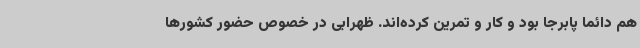
هم دائما پابرجا بود و کار و تمرین کرده‌اند. ظهرابی در خصوص حضور کشورها